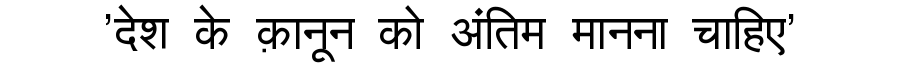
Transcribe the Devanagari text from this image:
'देश के क़ानून को अंतिम मानना चाहिए'